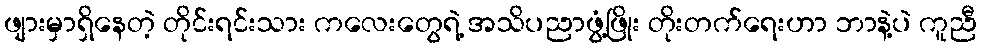
ဖျားမှာရှိနေတဲ့ တိုင်းရင်းသား ကလေးတွေရဲ့ အသိပညာဖွံ့ဖြိုး တိုးတက်ရေးဟာ ဘာနဲ့ပဲ ကူညီ